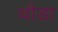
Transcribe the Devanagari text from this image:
थौडा